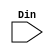
module RXDecode(Din);
    input [9:0] Din;
    reg correct;
    always @(Din)
    begin
        correct = myfunc(Din);
        $display("Received value: %b Data: %b checksum: %b Status: %s\n\n\n\n", Din, Din[6:0], Din[9:7],(correct)? ("OK") :("Error") );    
    end
    function myfunc;
        input [9:0] Din;
        reg [2:0] temp;
        integer i;
        begin
        temp = 3'b000;
        for (i = 0; i < 6 ; i=i+1)
            temp = temp + Din[i];
        temp = temp ^ 3'b111;
        if ( temp == Din[9:7])
            myfunc = 1'b1;
        else
            myfunc = 1'b0;
        end
    endfunction
endmodule